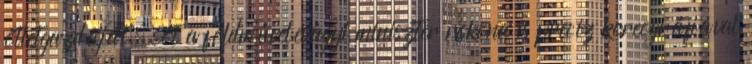
ötletgazdáját, sőt a földművelésügyi miniszter rokona is precíz koreográfiával